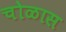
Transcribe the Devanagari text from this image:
चोळास